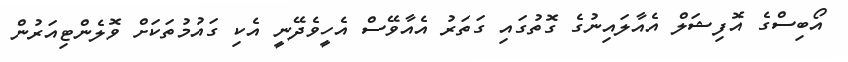
އޯބިސްގެ އޮފިޝަލް އެއާލައިނުގެ ގޮތުގައި ގަތަރު އެއާވޭސް އެހީވެދޭނީ އެކި ގައުމުތަކަށް ވޮލެންޓިއަރުން